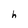
Character: h